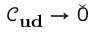
\mathcal { C } _ { \bf u d } \to \breve { 0 }